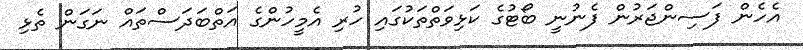
އެހެން ފަސިންޖަރުން ފެނުނީ ބޯޓުގެ ކަޅިވަތްތަކުގައި ހުރި އެމީހުންގެ އަތްބަދަސްތައް ނަގަން ތެޅި